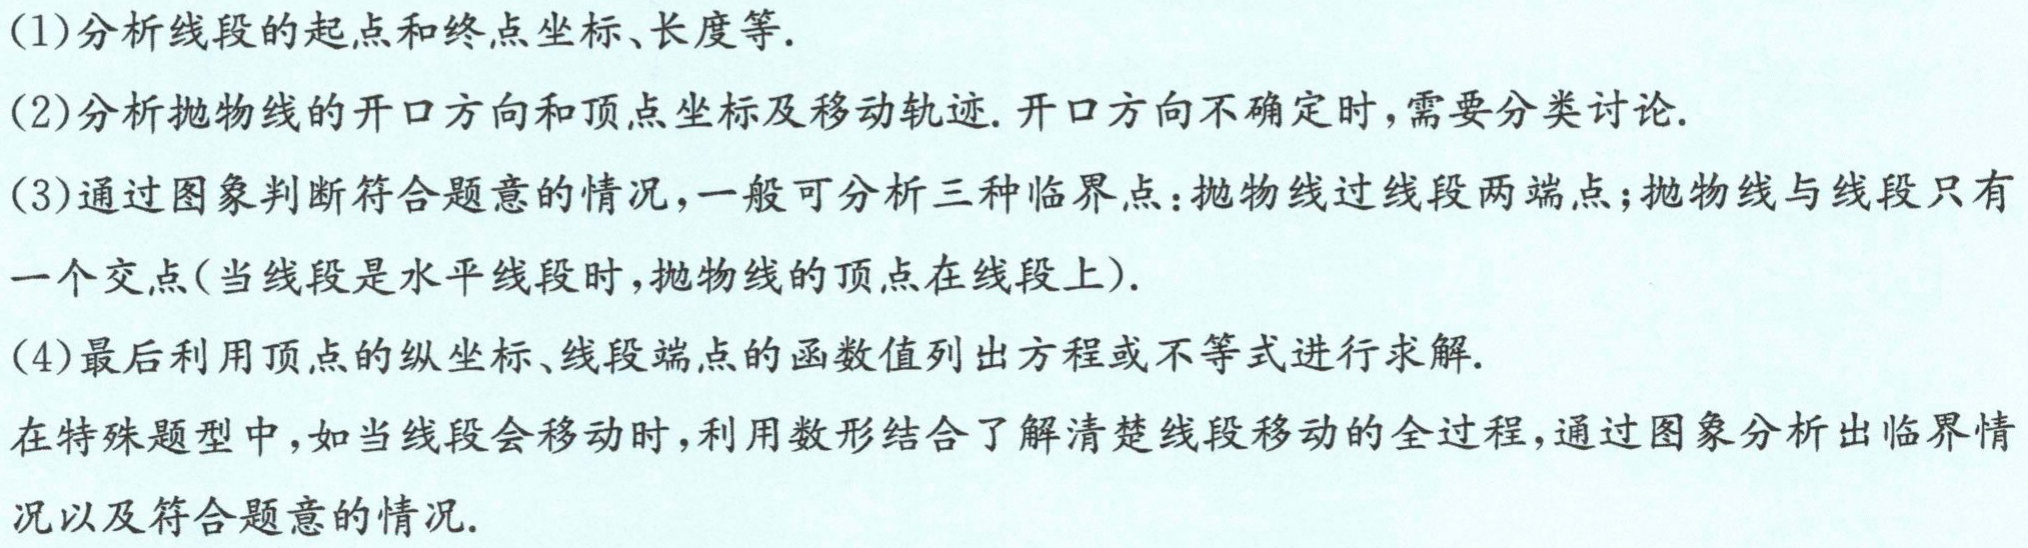
(1)分析线段的起点和终点坐标、长度等.

(2)分析抛物线的开口方向和顶点坐标及移动轨迹.开口方向不确定时,需要分类讨论.

(3)通过图象判断符合题意的情况,一般可分析三种临界点：抛物线过线段两端点;抛物线与线段只有一个交点(当线段是水平线段时,抛物线的顶点在线段上).

(4)最后利用顶点的纵坐标、线段端点的函数值列出方程或不等式进行求解.

在特殊题型中,如当线段会移动时,利用数形结合了解清楚线段移动的全过程,通过图象分析出临界情况以及符合题意的情况.